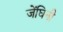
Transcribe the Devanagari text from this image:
जेंघिनी